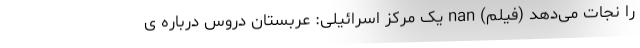
را نجات می‌دهد (فیلم) nan یک مرکز اسرائیلی: عربستان دروس درباره ی